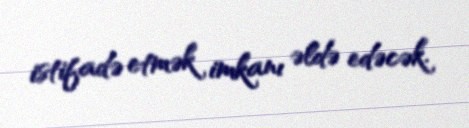
istifadə etmək imkanı əldə edəcək.